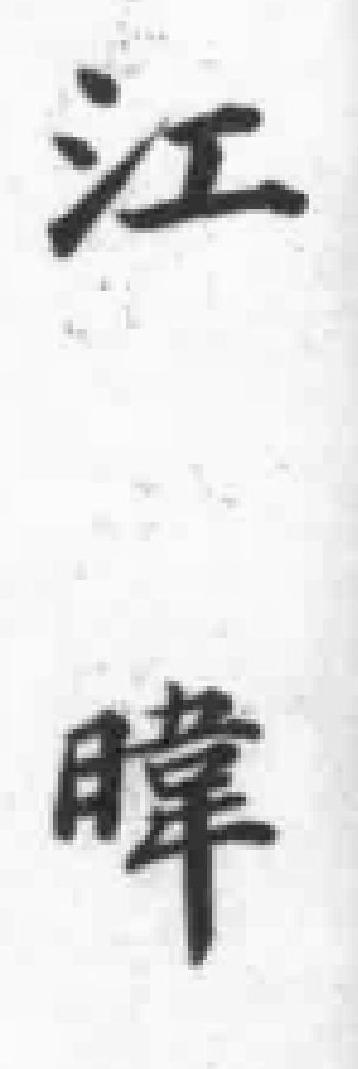
江暐